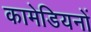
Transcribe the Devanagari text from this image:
कामेडियनों